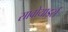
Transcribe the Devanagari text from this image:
सावोयार्ड्स